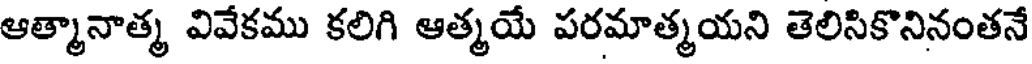
ఆత్మానాత్మ వివేకము కలిగి ఆత్మయే పరమాత్మయని తెలిసికొనినంతనే